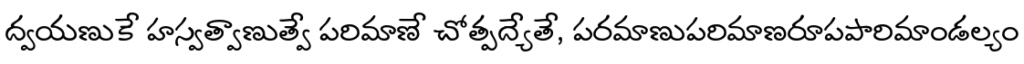
ద్వయణుకే హస్వత్వాణుత్వే పరిమాణే చోత్పద్యేతే, పరమాణుపరిమాణరూపపారిమాండల్యం